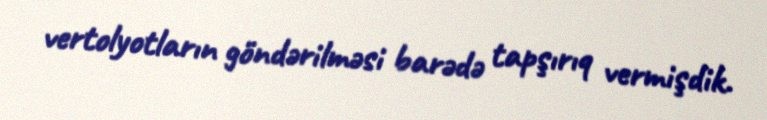
vertolyotların göndərilməsi barədə tapşırıq vermişdik.